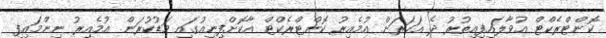
ކޮންޓްރެކްޓް އުވާލައިފިއިތުރު ދެ އަހަރަށް އުމެއިރު ކޮންޓްރެކްޓް އާކޮށްފިނިއުގައި މަޑުކުރަން އުމެއިރު ނިންމައިފި